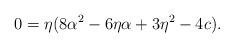
LaTeX: \begin{align*}0=\eta(8\alpha^2-6\eta\alpha+3\eta^2-4c).\end{align*}